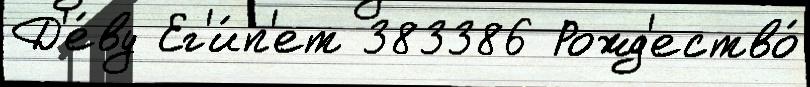
Д'е́ву Ег'и́п'ет 383386 Рожд'ество́